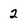
Character: 2